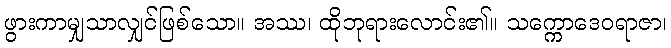
ဖွားကာမျှသာလျှင်ဖြစ်သော။ အဿ၊ ထိုဘုရားလောင်း၏။ သက္ကောဒေဝရာဇာ၊